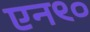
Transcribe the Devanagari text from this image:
एन९०